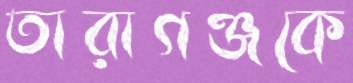
তারাগঞ্জকে